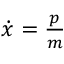
\begin{array} { r } { \dot { x } = \frac { p } { m } } \end{array}